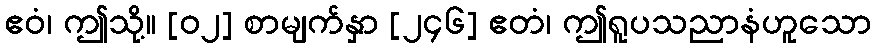
ဧဝံ၊ ဤသို့။ [၀၂] စာမျက်နှာ [၂၄၆] ဧတံ၊ ဤရူပသညာနံဟူသော